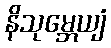
နိသုမ္ဘေယျံ